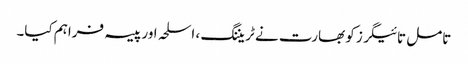
تامل تائیگرز کو بھارت نے ٹریننگ ، اسلحہ اور پیسہ فراہم کیا۔